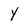
Character: Y